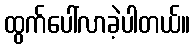
ထွက်ပေါ်လာခဲ့ပါတယ်။